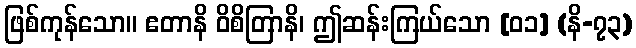
ဖြစ်ကုန်သော။ ဧတာနိ ဝိစိတြာနိ၊ ဤဆန်းကြယ်သော [၀၁] (နိ-၇၃)